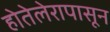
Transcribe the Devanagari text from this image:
होतेलेरापासून